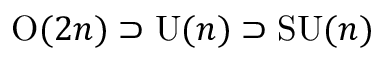
\mathrm { O } ( 2 n ) \supset \mathrm { U } ( n ) \supset \mathrm { S U } ( n )